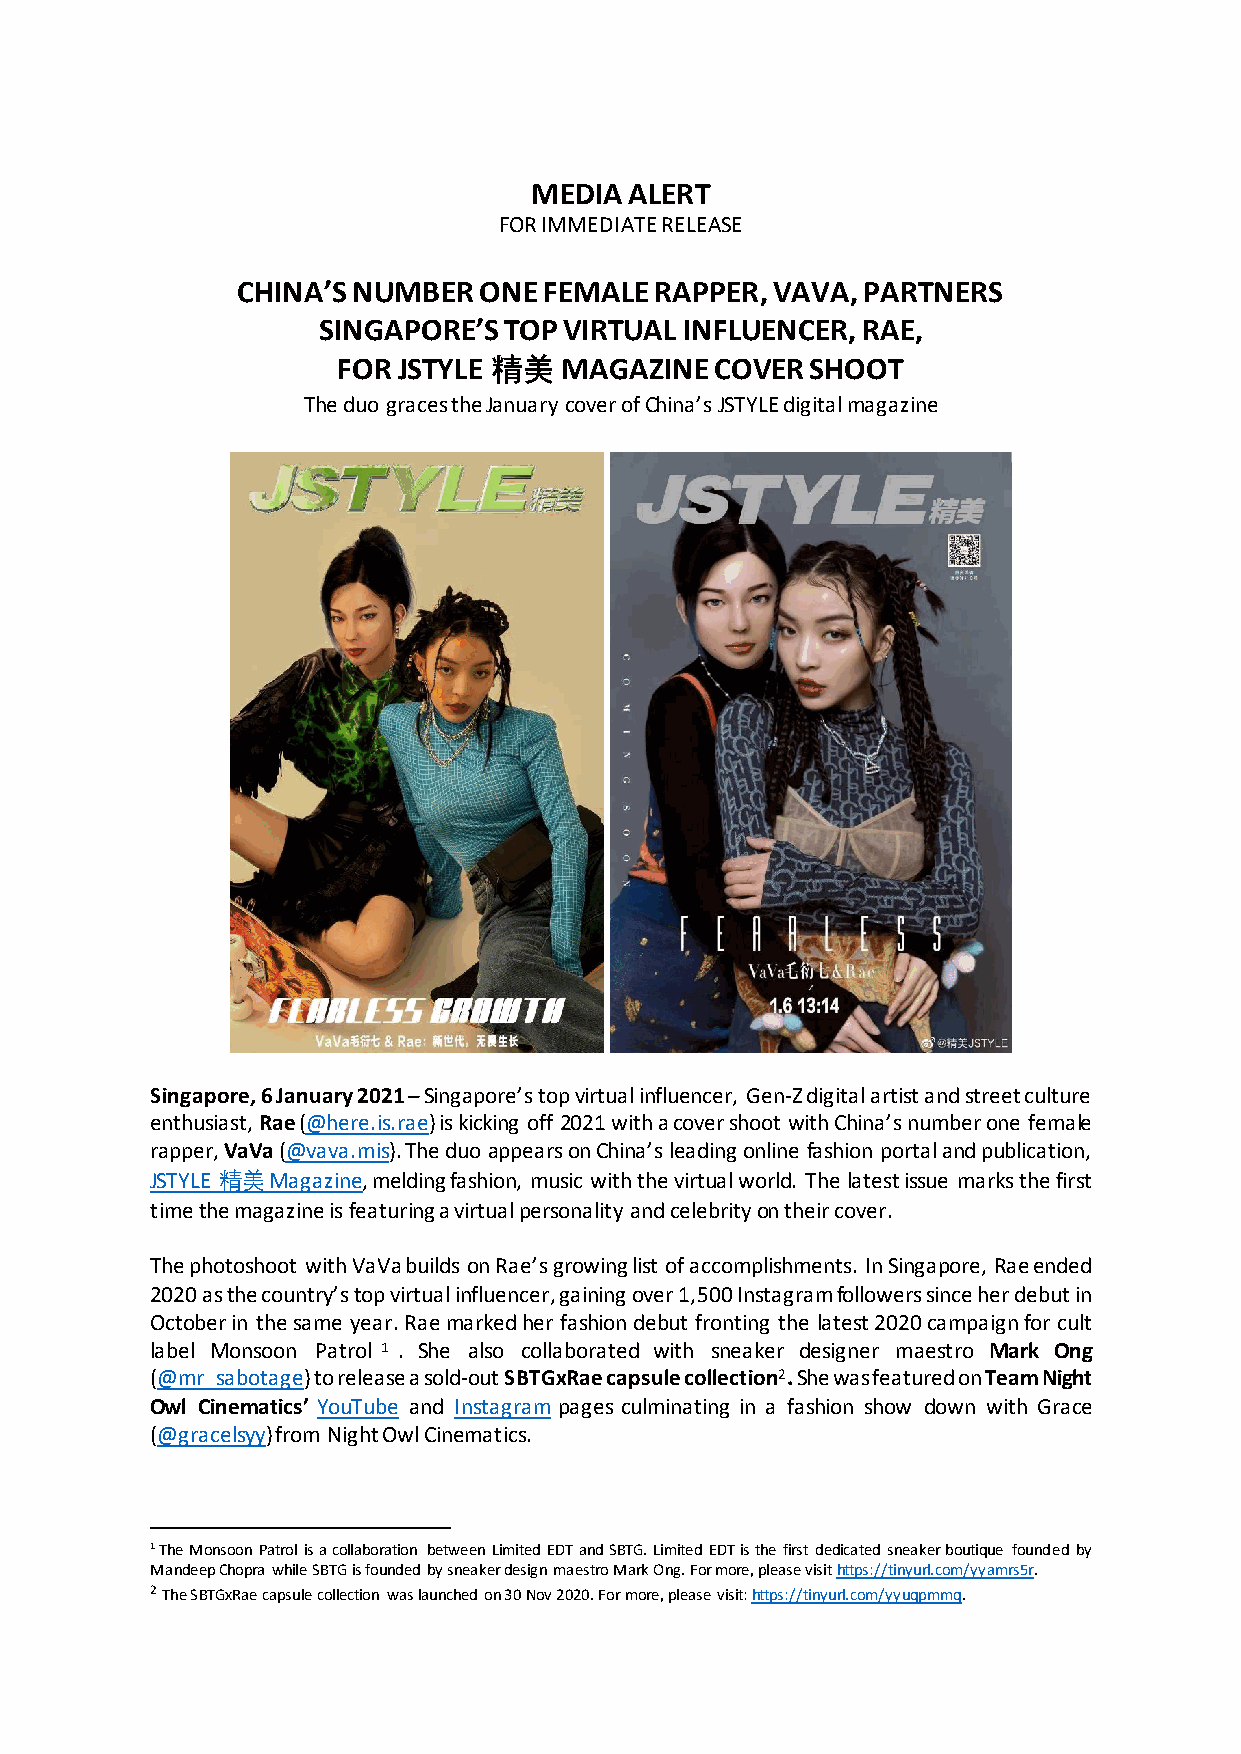
MEDIA  ALERT
 FOR IMMEDIATE RELEASE
 CHINA’S NUMBER  ONE FEMALE RAPPER, VAVA, PARTNERS
 SINGAPORE’S TOP VIRTUAL INFLUENCER, RAE,
 FOR JSTYLE 精美  MAGAZINE  COVER  SHOOT
 The duo graces the January cover of China’s JSTYLE digital magazine
 Singapore, 6 January 2021 – Singapore’s top virtual influencer, Gen-Z digital artist and street culture
 enthusiast, Rae (@here.is.rae) is kicking off 2021 with a cover shoot with China’s number one female
 rapper, VaVa (@vava.mis). The duo appears on China’s leading online fashion portal and publication,
 JSTYLE 精美 Magazine, melding fashion, music with the virtual world. The latest issue marks the first
 time the magazine is featuring a virtual personality and celebrity on their cover.
 The photoshoot with VaVa builds on Rae’s growing list of accomplishments. In Singapore, Rae ended
 2020 as the country’s top virtual influencer, gaining over 1,500 Instagram followers since her debut in
 October in the same year. Rae marked her fashion debut fronting the latest 2020 campaign for cult
 label Monsoon Patrol 1 . She also collaborated with sneaker designer maestro Mark Ong
 (@mr_sabotage) to release a sold-out SBTGxRae capsule collection2. She was featured on Team Night
 Owl Cinematics’ YouTube and Instagram pages culminating in a fashion show down with Grace
 (@gracelsyy) from Night Owl Cinematics.
 1 The Monsoon Patrol is a collaboration between Limited EDT and SBTG. Limited EDT is the first dedicated sneaker boutique founded by
 Mandeep Chopra while SBTG is founded by sneaker design maestro Mark Ong. For more, please visit https://tinyurl.com/yyamrs5r.
 2 The SBTGxRae capsule collection was launched on 30 Nov 2020. For more, please visit: https://tinyurl.com/yyuqpmmq.